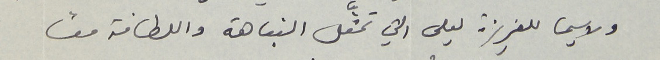
ولاسيما للعزيزة ليلى التي تمثَّل النباهة واللطافة معًا